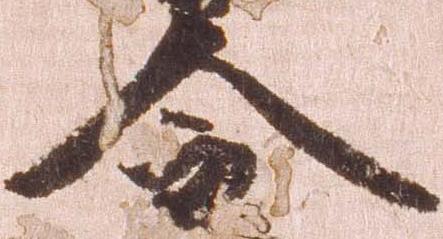
令